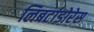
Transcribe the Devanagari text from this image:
लिबर्टाडोरेस